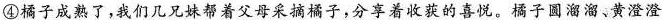
④橘子成熟了，我们几兄妹帮着父母采摘橘子，分享着收获的喜悦。橘子圆溜溜、黄澄澄